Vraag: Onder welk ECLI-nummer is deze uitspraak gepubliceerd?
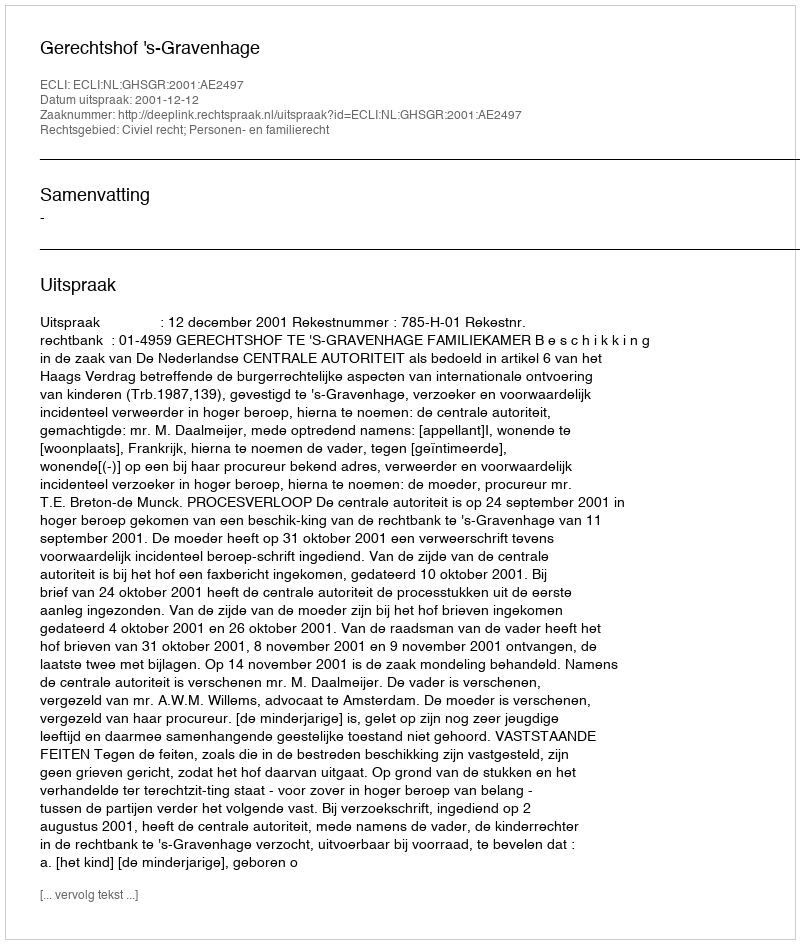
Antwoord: ECLI:NL:GHSGR:2001:AE2497